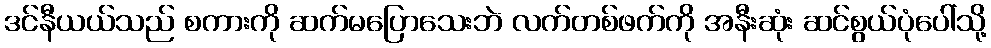
ဒင်နီယယ်သည် စကားကို ဆက်မပြောသေးဘဲ လက်တစ်ဖက်ကို အနီးဆုံး ဆင်စွယ်ပုံပေါ်သို့